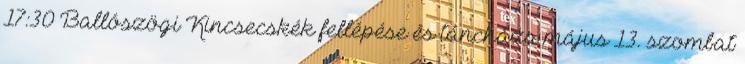
17:30 Ballószögi Kincsecskék fellépése és táncháza május 13. szombat